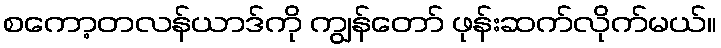
စကော့တလန်ယာဒ်ကို ကျွန်တော် ဖုန်းဆက်လိုက်မယ်။